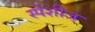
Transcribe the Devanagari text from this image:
स्पेशीज